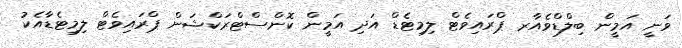
ވަނީ އަމީން ބިލްޑްވެއާރ ޕްރައިވެޓް ލިމިޓެޑް އަދި އަމީން ކޮންސްޓްރަކްޝަން ޕްރައިވެޓް ލިމިޓެޑާއެކު